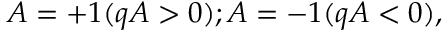
A = + 1 ( q A > 0 ) ; A = - 1 ( q A < 0 ) ,